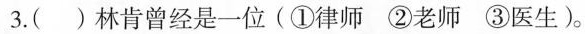
3.()林肯曾经是一位(①律师②老师③医生)。